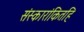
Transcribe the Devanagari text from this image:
संस्कारांकितहि